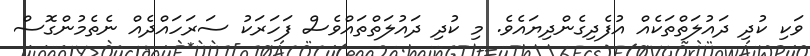
ވަކި ކުދި ދައުލަތްތަކެއް އުފެދިގެންދިޔައެވެ. މި ކުދި ދައުލަތްތައްވެސް ފަހަރަކު ސަރަހައްދެއް ނެތެމުންގޮސް